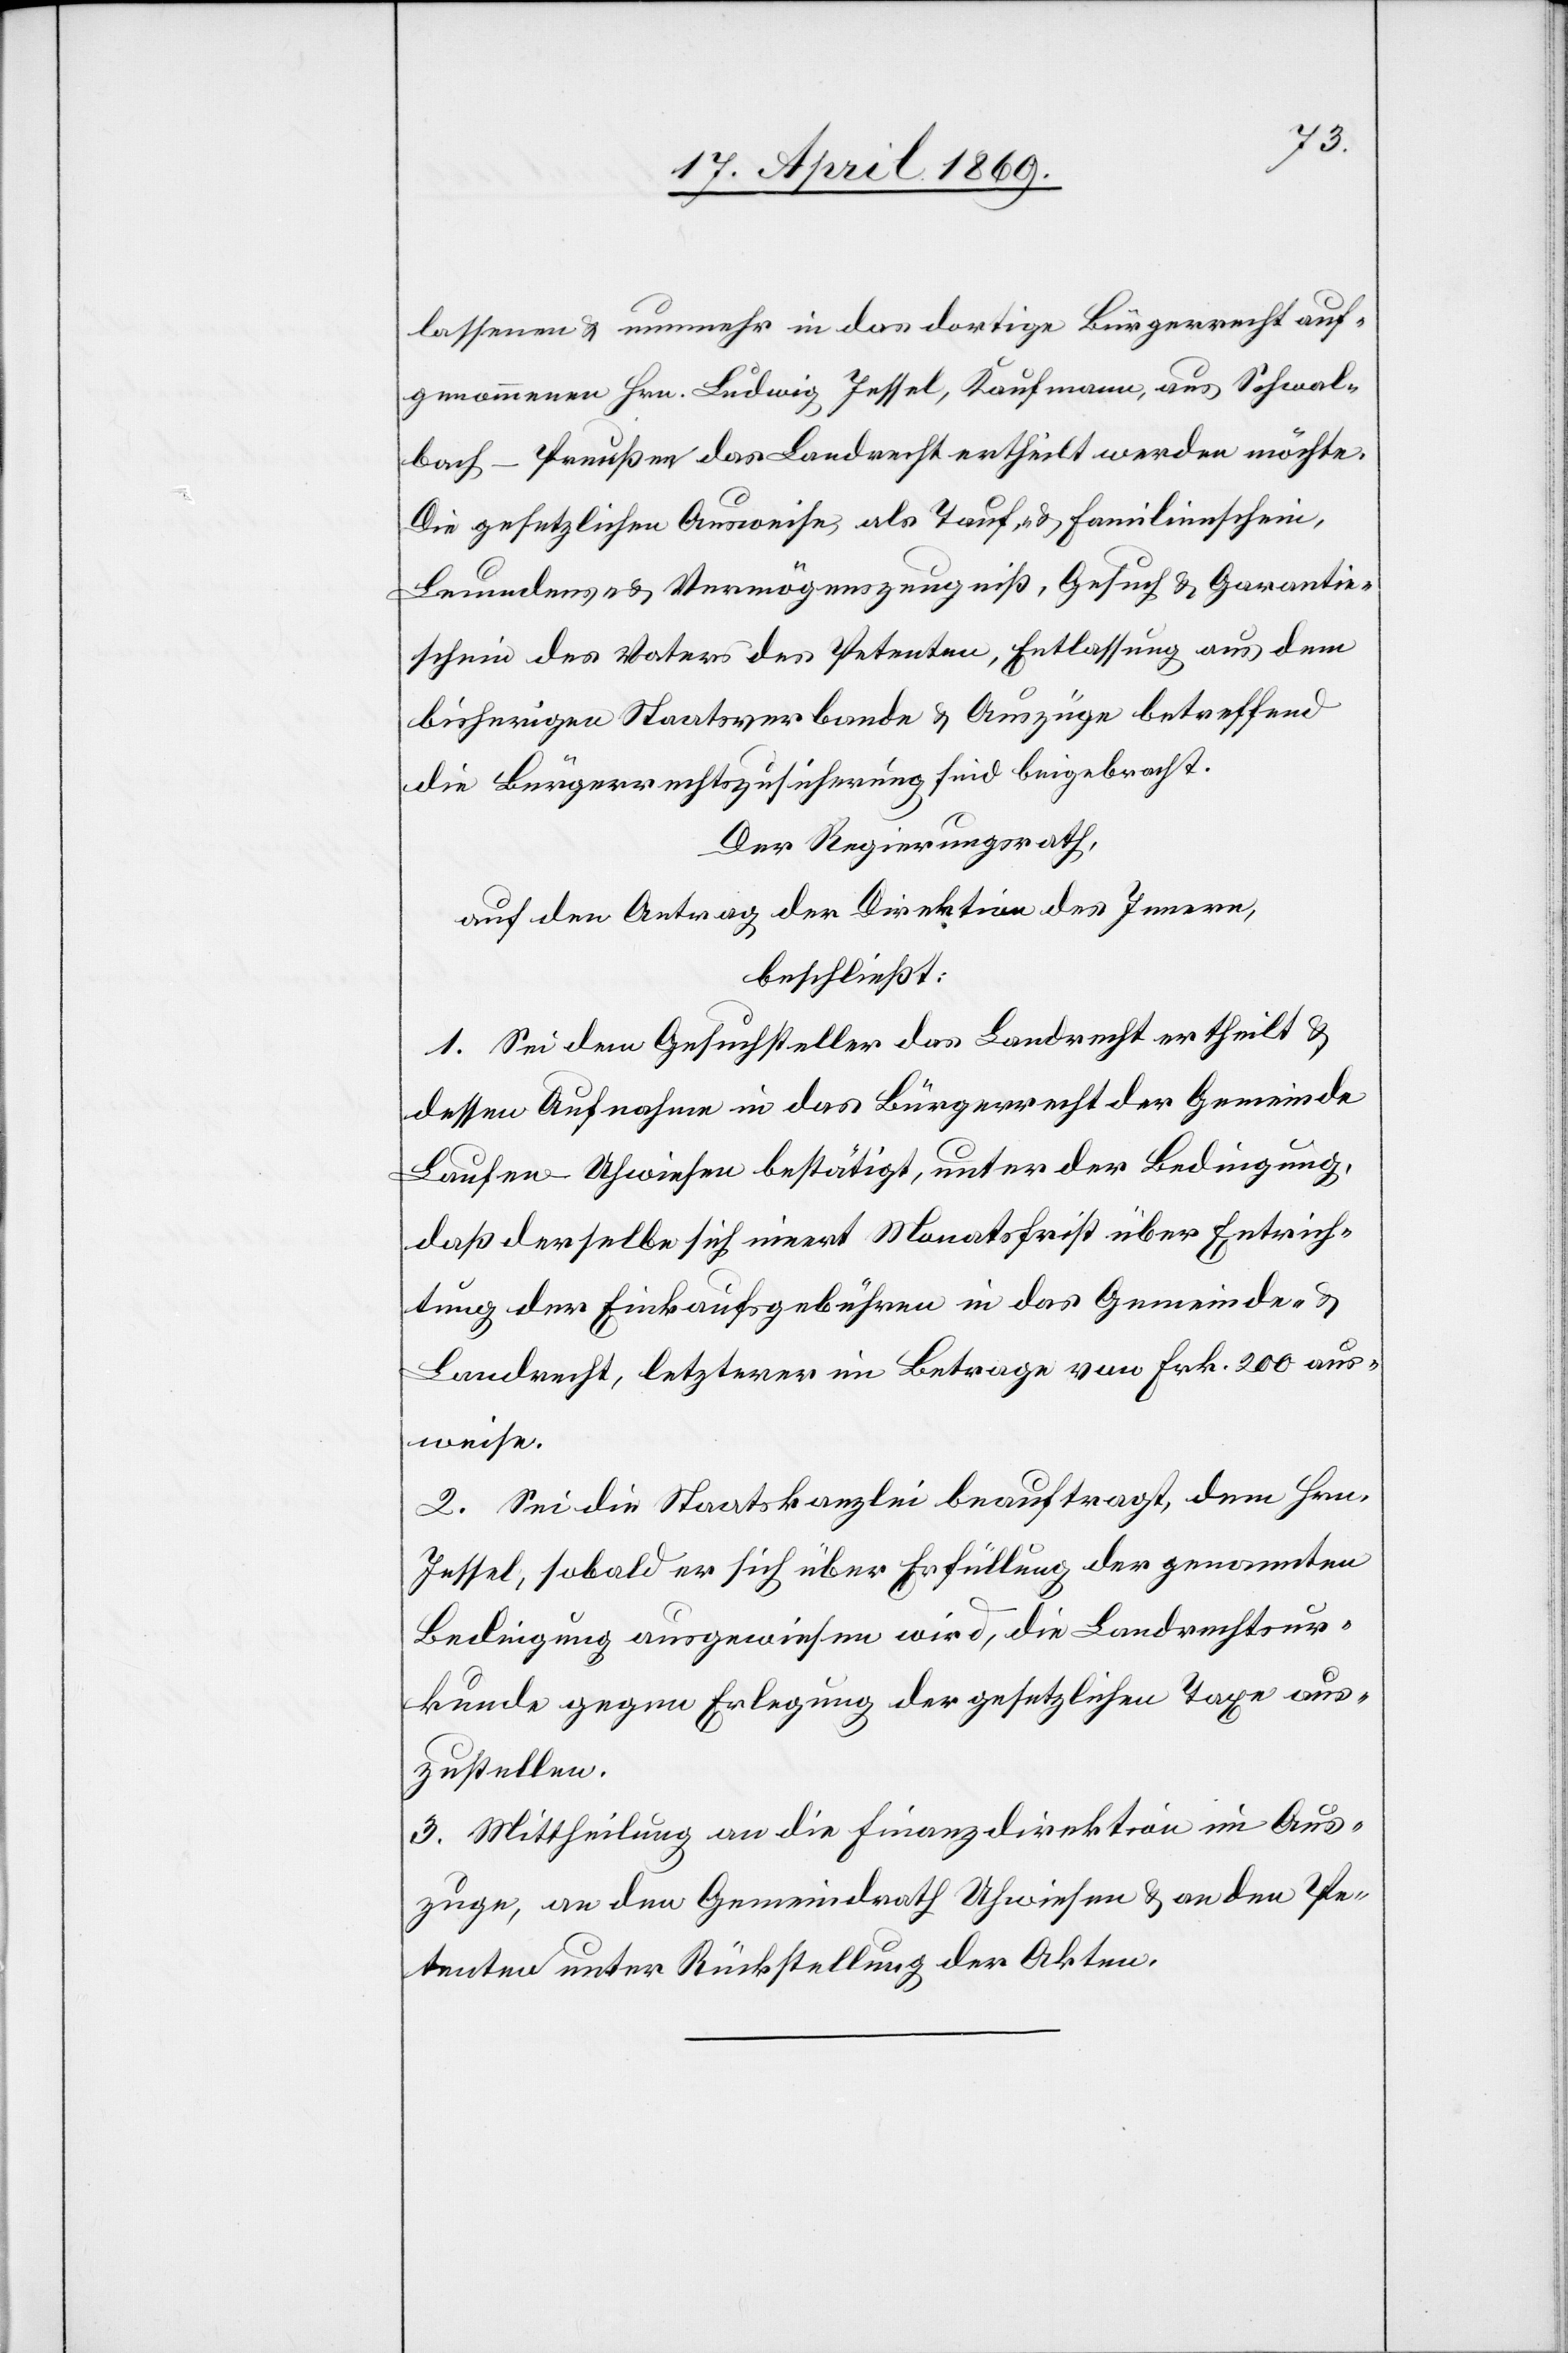
lassenen u. nunmehr in das dortige Bürgerrecht auf¬
genommenen Hrn. Ludwig Jessel, Kaufmann, aus Schwal¬
bach - Preußen das Landrecht ertheilt werden möchte.
Die gesetzlichen Ausweise, als Tauf- u. Familienschein,
Leumdens- u. Vermögenszeugniß, Gesuch u. Garantie¬
scheine des Vaters des Petenten, Entlassung aus dem
bisherigen Staatsverbande u. Auszüge betreffend
die Bürgerrechtszusicherung sind beigebracht.
Der Regierungsrath,
auf den Antrag der Direktion des Innern,
beschließt:
1. Sei dem Gesuchsteller das Landrecht ertheilt u.
dessen Aufnahme in das Bürgerrecht der Gemeinde
Laufen-Uhwiesen bestätigt, unter der Bedingung,
daß derselbe sich innert Monatsfrist über Entrich¬
tung der Einkaufsgebühren in das Gemeinde- u.
Landrecht, letzterer im Betrage von Frk. 200 aus¬
weise.
2. Sei die Staatskanzlei beauftragt, dem Hrn.
Jessel, sobald er sich über Erfüllung der genannten
Bedingung ausgewiesen [haben] wird, die Landrechtsur¬
kunde gegen Erlegung der gesetzlichen Taxe aus¬
zustellen.
3. Mittheilung an die Finanzdirektion im Aus¬
zuge, an den Gemeindrath Uhwiesen u. an den Pe¬
tenten unter Rückstellung der Akten.